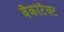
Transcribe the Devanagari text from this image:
बैकोटैक्ट